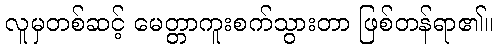
လူမှတစ်ဆင့် မေတ္တာကူးစက်သွားတာ ဖြစ်တန်ရာ၏။